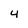
Character: 4